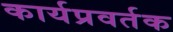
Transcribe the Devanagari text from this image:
कार्यप्रवर्तक